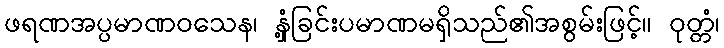
ဖရဏအပ္ပမာဏဝသေန၊ နှံ့ခြင်းပမာဏမရှိသည်၏အစွမ်းဖြင့်။ ဝုတ္တံ၊